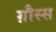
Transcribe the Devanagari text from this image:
ग़ौस्स